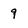
Character: 9